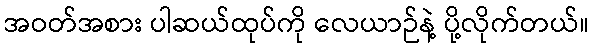
အဝတ်အစား ပါဆယ်ထုပ်ကို လေယာဉ်နဲ့ ပို့လိုက်တယ်။